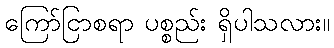
ကြော်ငြာစရာ ပစ္စည်း ရှိပါသလား။